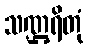
သဏ္ဌရိတုံ